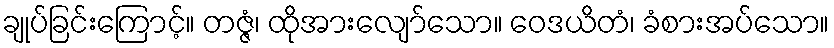
ချုပ်ခြင်းကြောင့်။ တဇ္ဇံ၊ ထိုအားလျော်သော။ ဝေဒယိတံ၊ ခံစားအပ်သော။